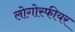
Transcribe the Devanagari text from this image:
लोगोस्फीयर